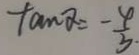
\tan \alpha = - \frac { 4 } { 3 }